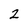
Character: 2